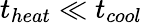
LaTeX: t_{heat}\ll t_{cool}